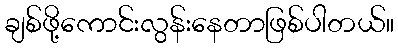
ချစ်ဖို့ကောင်းလွန်းနေတာဖြစ်ပါတယ်။